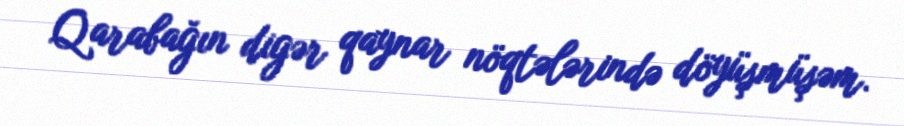
Qarabağın digər qaynar nöqtələrində döyüşmüşəm.